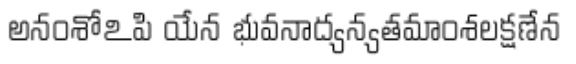
అనంశోఽపి యేన భువనాద్యన్యతమాంశలక్షణేన